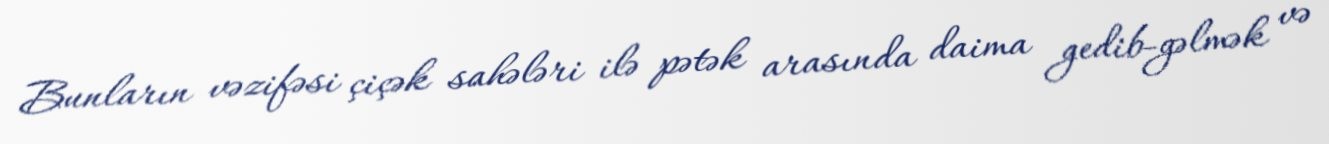
Bunların vəzifəsi çiçək sahələri ilə pətək arasında daima gedib-gəlmək və